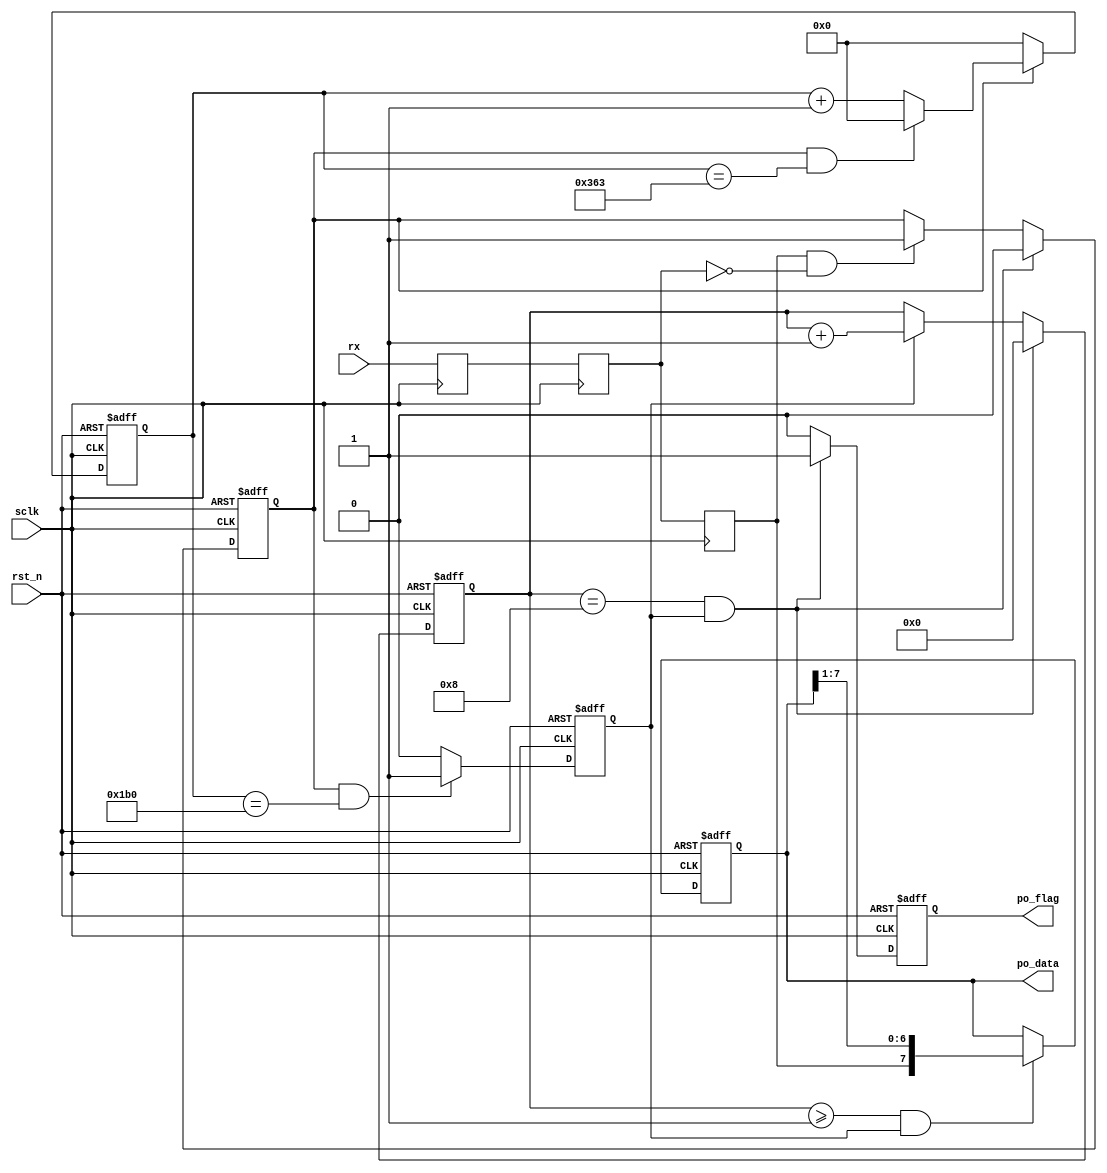
// -----------------------------------------------------------------------------
// Copyright (c) 2014-2019 All rights reserved
// -----------------------------------------------------------------------------
// wechat : 15921999232
// Create : 2019-03-28 10:32:23
// Editor : sublime text3, tab size (4)
// -----------------------------------------------------------------------------
module uart_rx(
	input	wire 				sclk,
	input	wire 				rst_n,
	input	wire 				rx,
	output	reg 	[7:0]		po_data,
	output	reg 				po_flag
	);

parameter 	CNT_BAUD_MAX = 867;//5207;
parameter	CNT_HALF_BAUD_MAX = 432;//2603;
reg 			rx1,rx2,rx2_reg;
reg 			rx_flag;
reg 	[12:0]	cnt_baud;
reg 			bit_flag;
reg 	[3:0]	bit_cnt;

always @(posedge sclk) begin
	{rx2_reg,rx2,rx1}<={rx2,rx1,rx};
end


always @(posedge sclk or negedge  rst_n) begin
	if (rst_n == 1'b0) begin
		rx_flag <= 1'b0;
	end
	else if (bit_cnt == 4'd8 && bit_flag == 1'b1) begin
		rx_flag <= 1'b0;
	end
	else if (rx2_reg == 1'b1 && rx2 == 1'b0) begin
		rx_flag <= 1'b1;
	end
end

always @(posedge sclk or negedge rst_n) begin
	if (rst_n == 1'b0) begin
		cnt_baud <= 'd0;
	end
	else if (rx_flag == 1'b0) begin
		cnt_baud <= 'd0;
	end
	else if (rx_flag == 1'b1 && cnt_baud == CNT_BAUD_MAX) begin
		cnt_baud <= 'd0;
	end
	else if (rx_flag == 1'b1) begin
		cnt_baud <= cnt_baud + 1'b1;
	end
end

always @(posedge sclk or negedge rst_n) begin
	if (rst_n == 1'b0) begin
		bit_flag <= 1'b0;
	end
	else if (rx_flag == 1'b1 && cnt_baud == CNT_HALF_BAUD_MAX) begin
		bit_flag <= 1'b1;
	end
	else begin
		bit_flag <= 1'b0;
	end
end

always @(posedge sclk or negedge rst_n) begin
	if (rst_n == 1'b0) begin
		bit_cnt <= 'd0;
	end
	else if (bit_flag == 1'b1 && bit_cnt == 'd8) begin
		bit_cnt <= 'd0;
	end
	else if (bit_flag == 1'b1) begin
		bit_cnt <= bit_cnt + 1'b1;
	end
end

always @(posedge sclk or negedge rst_n) begin
	if (rst_n == 1'b0) begin
		po_data <='d0;
	end
	else if (bit_cnt >= 4'd1 && bit_flag == 1'b1) begin
		po_data <= {rx2_reg,po_data[7:1]};
	end
end

always @(posedge sclk or negedge rst_n) begin
	if (rst_n == 1'b0) begin	
		po_flag <= 1'b0;
	end
	else if (bit_cnt == 4'd8 && bit_flag == 1'b1) begin
		po_flag <= 1'b1;
	end
	else begin
		po_flag <= 1'b0;
	end
end



endmodule